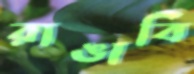
রাঙাবি